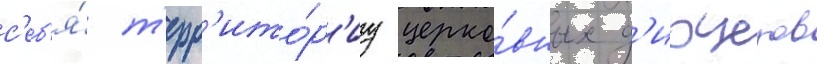
с'еб'я́ т'ерр'ито́р'иу церко́вных д'иоцезов